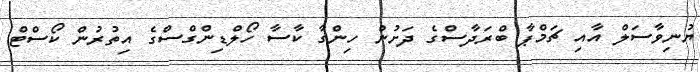
ޔުނިވާސަލް އާއި ޗަމްޕާ ބްރަދާސްގެ ދަށުން ހިންގާ ކާސާ ހޯލްޑިންގްސްގެ އިތުރުން ކޯސްޓް